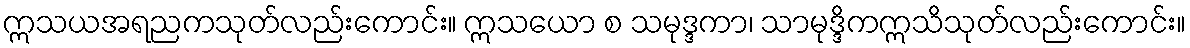
ဣသယအရညကသုတ်လည်းကောင်း။ ဣသယော စ သမုဒ္ဒကာ၊ သာမုဒ္ဒိကဣသိသုတ်လည်းကောင်း။